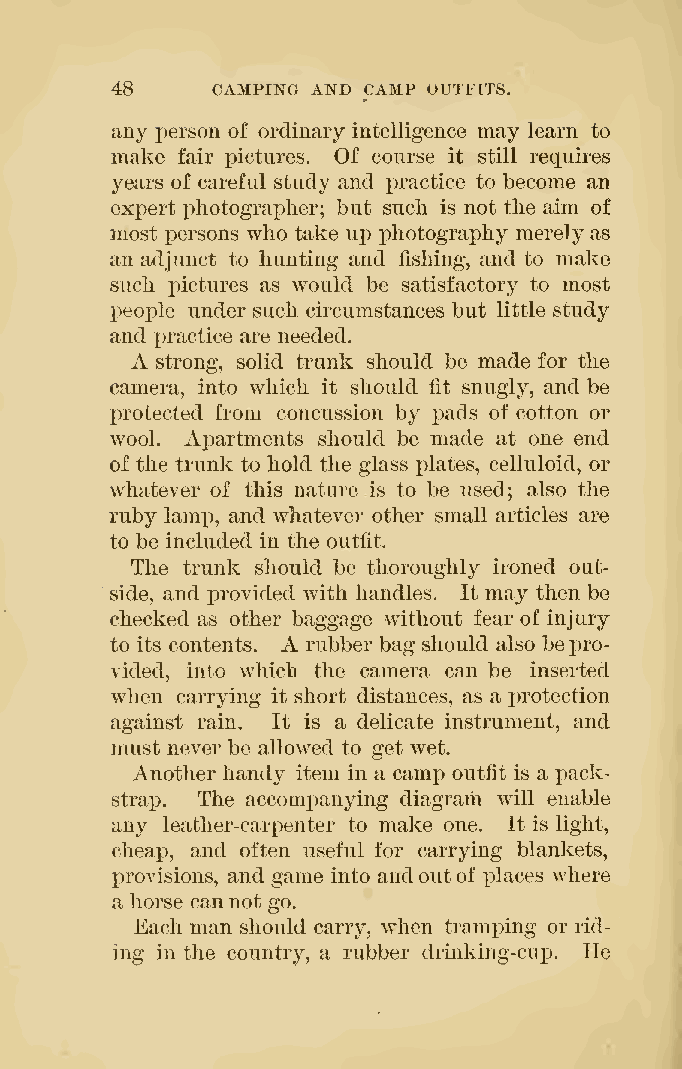
48     CAMPING AND CAMP OUTFITS.
 any person of ordinary intelligence may learn to
 make fair pictures. Of course it still requires
 years of careful study and x)ractice to become an
 expert photographer; but such is not the aim of
 most persons who take up photography merely as
 an adjunct to hunting and fishing, and to make
 such pictures as would be satisfactory to most
 people under such circumstances but little study
 and practice are needed.
 A strong, solid trunk should be made for the
 camera, into which it should fit snugly, and be
 protected from concussion by pads of cotton or
 wool. Apartments should be made at one end
 of the trunk to hold the glass plates, celluloid, or
 whatever of this nature is to be used; also the
 ruby lamp, and whatever other small articles are
 to be included in the outfit.
 The trunk should be thoroughly ironed out-
 side, and j)rovided with handles. It may then be
 checked as other baggage without fear of injury
 A
 to its contents. rubber bag should also bepro-
 vided, into which the camera can be inserted
 when carrying it short distances, as a protection
 against rain. It is a delicate instrument, and
 must never be allow^ed to get wet.
 Another handy item in a camp outfit is a pack-
 strap. The accomjoanying diagram will enable
 any leather-carpenter to make one. It is light,
 cheap, and often useful for carrying blankets,
 provisions, and game into andoutof j)laces where
 a horse cannot go.
 Each man should carry, when tramping or rid-
 ing in the country, a rubber drinking-cup. He